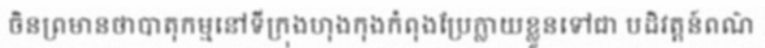
ចិនព្រមានថាបាតុកម្មនៅទីក្រុងហុងកុងកំពុងប្រែក្លាយខ្លួនទៅជា បដិវត្តន៍ពណ៌